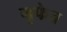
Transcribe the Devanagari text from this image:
गुफेत